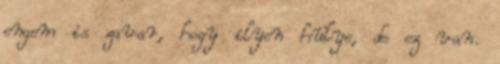
engem is zavar, hogy ilyen hülye, de ez van.